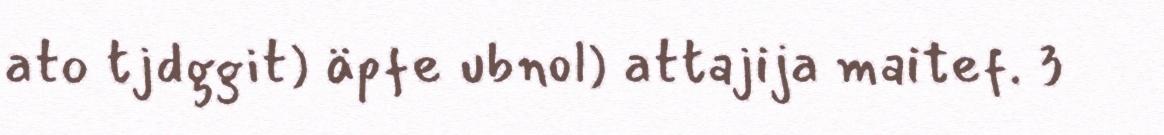
ato tjdggit) äpfe ubnol) attajija maitef. 3